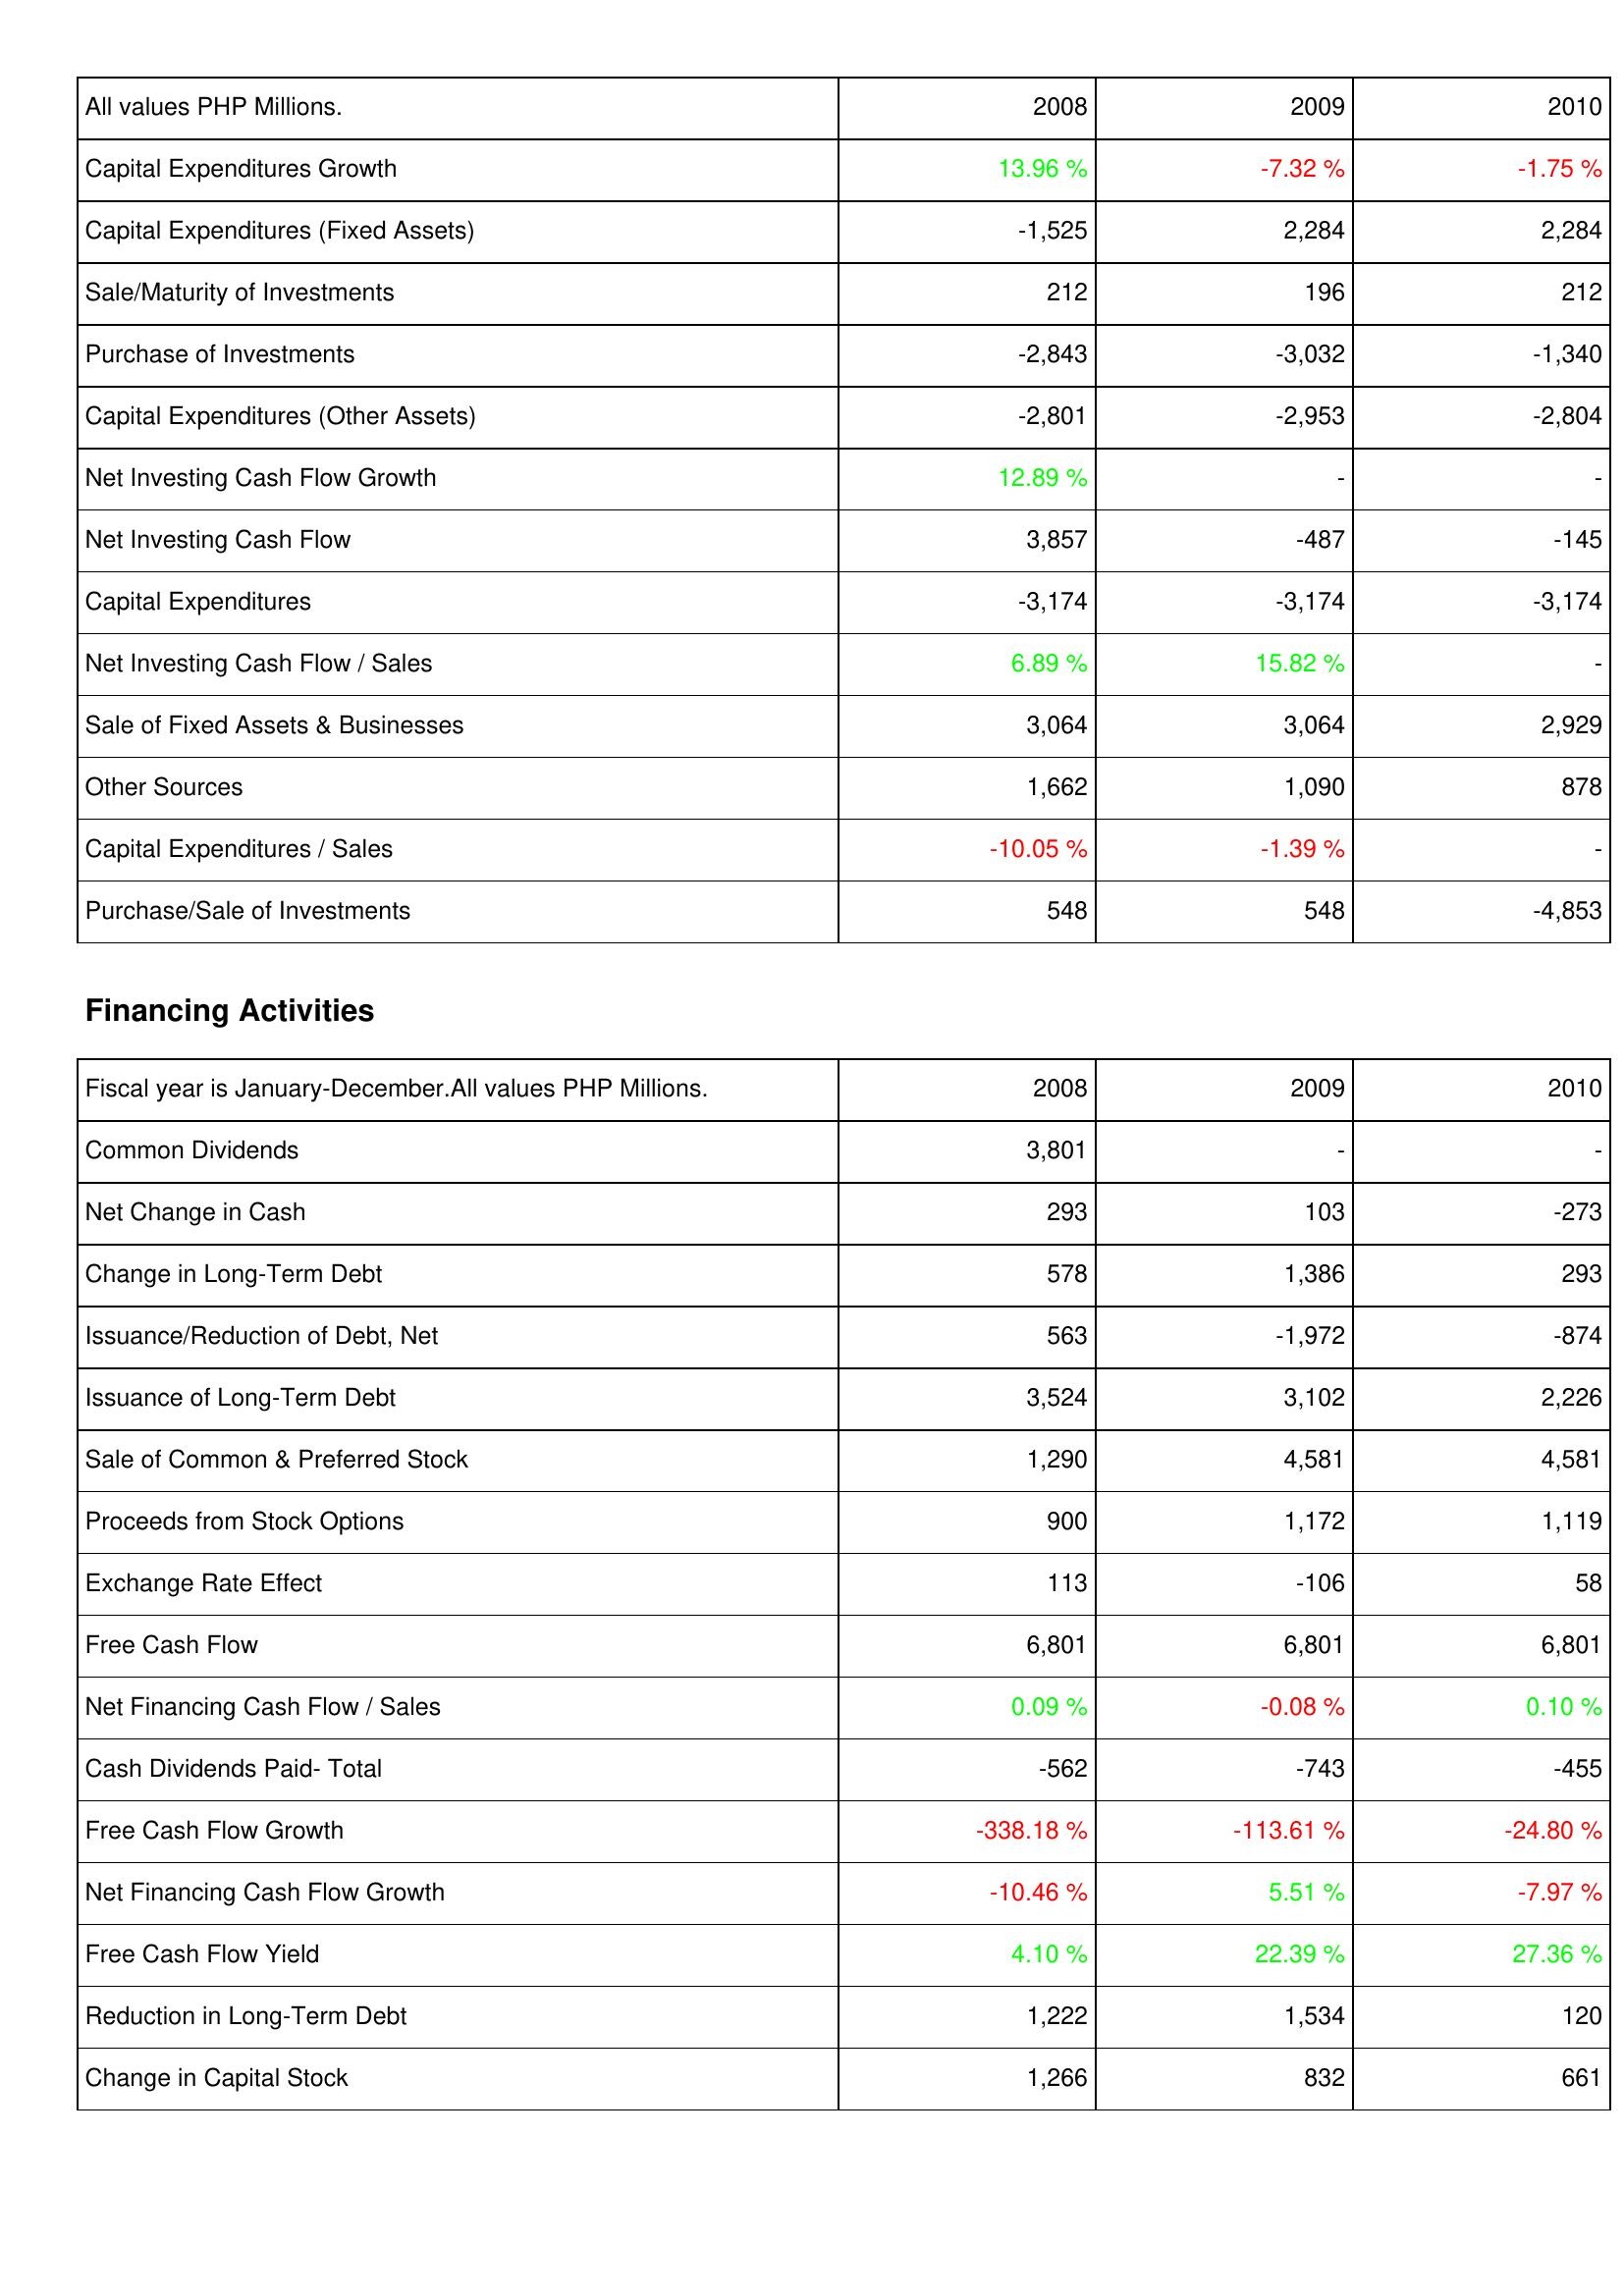
2008: Investing Activities: Capital Expenditures Growth: 13.96 %
Capital Expenditures (Fixed Assets): -1,525
Sale/Maturity of Investments: 212
Purchase of Investments: -2,843
Capital Expenditures (Other Assets): -2,801
Net Investing Cash Flow Growth: 12.89 %
Net Investing Cash Flow: 3,857
Capital Expenditures: -3,174
Net Investing Cash Flow / Sales: 6.89 %
Sale of Fixed Assets & Businesses: 3,064
Other Sources: 1,662
Capital Expenditures / Sales: -10.05 %
Purchase/Sale of Investments: 548
Financing Activities: Common Dividends: 3,801
Net Change in Cash: 293
Change in Long-Term Debt: 578
Issuance/Reduction of Debt, Net: 563
Issuance of Long-Term Debt: 3,524
Sale of Common & Preferred Stock: 1,290
Proceeds from Stock Options: 900
Exchange Rate Effect: 113
Free Cash Flow: 6,801
Net Financing Cash Flow / Sales: 0.09 %
Cash Dividends Paid- Total: -562
Free Cash Flow Growth: -338.18 %
Net Financing Cash Flow Growth: -10.46 %
Free Cash Flow Yield: 4.10 %
Reduction in Long-Term Debt: 1,222
Change in Capital Stock: 1,266
2009: Investing Activities: Capital Expenditures Growth: -7.32 %
Capital Expenditures (Fixed Assets): 2,284
Sale/Maturity of Investments: 196
Purchase of Investments: -3,032
Capital Expenditures (Other Assets): -2,953
Net Investing Cash Flow Growth: -
Net Investing Cash Flow: -487
Capital Expenditures: -3,174
Net Investing Cash Flow / Sales: 15.82 %
Sale of Fixed Assets & Businesses: 3,064
Other Sources: 1,090
Capital Expenditures / Sales: -1.39 %
Purchase/Sale of Investments: 548
Financing Activities: Common Dividends: -
Net Change in Cash: 103
Change in Long-Term Debt: 1,386
Issuance/Reduction of Debt, Net: -1,972
Issuance of Long-Term Debt: 3,102
Sale of Common & Preferred Stock: 4,581
Proceeds from Stock Options: 1,172
Exchange Rate Effect: -106
Free Cash Flow: 6,801
Net Financing Cash Flow / Sales: -0.08 %
Cash Dividends Paid- Total: -743
Free Cash Flow Growth: -113.61 %
Net Financing Cash Flow Growth: 5.51 %
Free Cash Flow Yield: 22.39 %
Reduction in Long-Term Debt: 1,534
Change in Capital Stock: 832
2010: Investing Activities: Capital Expenditures Growth: -1.75 %
Capital Expenditures (Fixed Assets): 2,284
Sale/Maturity of Investments: 212
Purchase of Investments: -1,340
Capital Expenditures (Other Assets): -2,804
Net Investing Cash Flow Growth: -
Net Investing Cash Flow: -145
Capital Expenditures: -3,174
Net Investing Cash Flow / Sales: -
Sale of Fixed Assets & Businesses: 2,929
Other Sources: 878
Capital Expenditures / Sales: -
Purchase/Sale of Investments: -4,853
Financing Activities: Common Dividends: -
Net Change in Cash: -273
Change in Long-Term Debt: 293
Issuance/Reduction of Debt, Net: -874
Issuance of Long-Term Debt: 2,226
Sale of Common & Preferred Stock: 4,581
Proceeds from Stock Options: 1,119
Exchange Rate Effect: 58
Free Cash Flow: 6,801
Net Financing Cash Flow / Sales: 0.10 %
Cash Dividends Paid- Total: -455
Free Cash Flow Growth: -24.80 %
Net Financing Cash Flow Growth: -7.97 %
Free Cash Flow Yield: 27.36 %
Reduction in Long-Term Debt: 120
Change in Capital Stock: 661